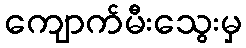
ကျောက်မီးသွေးမှ